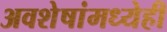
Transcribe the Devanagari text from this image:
अवशेषांमध्येही